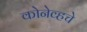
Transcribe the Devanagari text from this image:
कोनेव्हचे